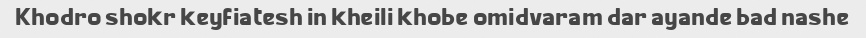
Khodro shokr keyfiatesh in kheili khobe omidvaram dar ayande bad nashe